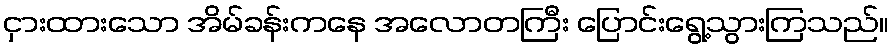
ငှားထားသော အိမ်ခန်းကနေ အလောတကြီး ပြောင်းရွေ့သွားကြသည်။